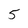
Character: 5